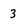
Character: 3